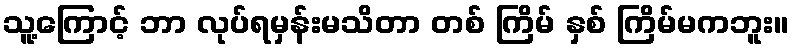
သူ့ကြောင့် ဘာ လုပ်ရမှန်းမသိတာ တစ် ကြိမ် နှစ် ကြိမ်မကဘူး။